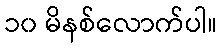
၁၀ မိနစ်လောက်ပါ။